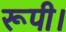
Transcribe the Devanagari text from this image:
रूपी।